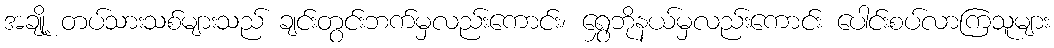
အချို့ တပ်သားသစ်များသည် ချင်းတွင်းဘက်မှလည်းကောင်း၊ ရွှေဘိုနယ်မှလည်းကောင်း ပေါင်းစပ်လာကြသူများ